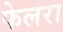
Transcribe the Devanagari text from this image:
फेलरा